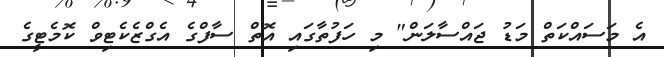
އެ މަސައްކަތް މަޑު ޖައްސާލަން" މި ހަފުތާގައި އޮތް ސާފްގެ އެގްޒެކެޓިވް ކޮމެޓީގެ